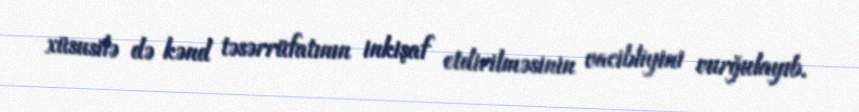
xüsusilə də kənd təsərrüfatının inkişaf etdirilməsinin vacibliyini vurğulayıb.